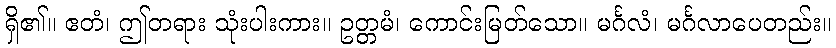
ရှိ၏။ ဧတံ၊ ဤတရား သုံးပါးကား။ ဥတ္တမံ၊ ကောင်းမြတ်သော။ မင်္ဂလံ၊ မင်္ဂလာပေတည်း။